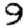
Digit: 9